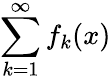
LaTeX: \sum_{k=1}^{\infty}f_{k}(x)